Scottish Leaving Certificate Examination, 1952
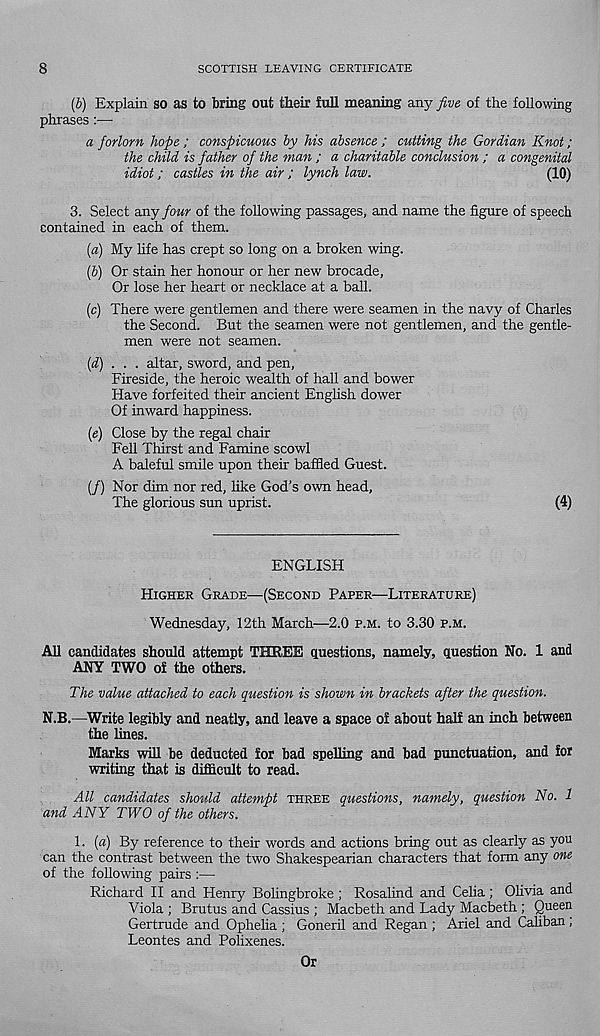
8
SCOTTISH LEAVING CERTIFICATE
(b) Explain so as to bring out their full meaning any five of the following
phrases :—■
a forlorn hope ; conspicuous by his absence ; cutting the Gordian Knot;
the child is father of the man ; a charitable conclusion ; a congenital
idiot; castles in the air ; lynch law.
(10)
3. Select any four of the following passages, and name the figure of speech
contained in each of them.
(а) My life has crept so long on a broken wing.
(б) Or stain her honour or her new brocade.
Or lose her heart or necklace at a ball.
(c) There were gentlemen and there were seamen in the navy of Charles
the Second. But the seamen were not gentlemen, and the gentle-
men were not seamen.
(d) . . . altar, sword, and pen,
Fireside, the heroic wealth of hall and bower
Have forfeited their ancient Enghsh dower
Of inward happiness.
(e) Close by the regal chair
Fell Thirst and Famine scowl
A baleful smile upon their baffled Guest.
(/) Nor dim nor red, like God’s own head,
The glorious sun uprist.
(4)
ENGLISH
HIGHER GRADE—(SECOND PAPER—LITERATURE)
Wednesday, 12th March—2.0 P.M. to 3.30 P.M.
All candidates should attempt THREE questions, namely, question No. 1 and
ANY TWO of the others.
The value attached to each question is shown in brackets after the question.
N.B.—Write legibly and neatly, and leave a space of about half an inch between
the lines.
Marks will be deducted for bad spelling and bad punctuation, and for
writing that is difficult to read.
All candidates should attempt THREE questions, namely, question No. 1
and ANY TWO of the others.
1. (a) By reference to their words and actions bring out as clearly as you
can the contrast between the two Shakespearian characters that form any one
of the following pairs :—
Richard II and Henry Bolingbroke ; Rosalind and Celia; Olivia and
Viola ; Brutus and Cassius ; Macbeth and Lady Macbeth ; Queen
Gertrude and Ophelia ; Goneril and Regan ; Ariel and Caliban;
Leontes and Polixenes.
Or